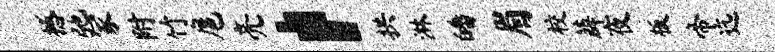
撼弛冢附竹扈亮，拱淋皤眉校薜夜板帝迄